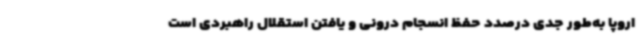
اروپا به‌طور جدی درصدد حفظ انسجام درونی و یافتن استقلال راهبردی است